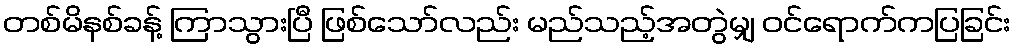
တစ်မိနစ်ခန့် ကြာသွားပြီ ဖြစ်သော်လည်း မည်သည့်အတွဲမျှ ဝင်ရောက်ကပြခြင်း